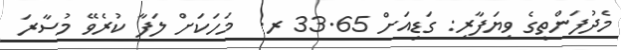
މެދުފަންތީގެ ވިޔަފާރި: ގަޑިއަަށް 33.65 ރ.  މަހަކަށް ލަފާ ކުރެވޭ މުސާރަ